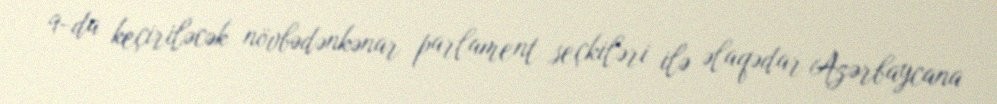
9-da keçiriləcək növbədənkənar parlament seçkiləri ilə əlaqədar Azərbaycana